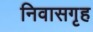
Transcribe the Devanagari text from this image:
निवासगृह